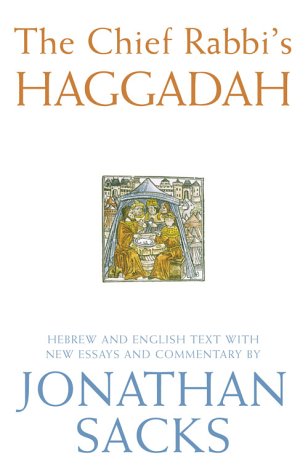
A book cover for The Chief Rabbi's Haggadah: Hebrew and English Text with New Essays and Commentary; Jonathan Sacks; Religion & Spirituality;